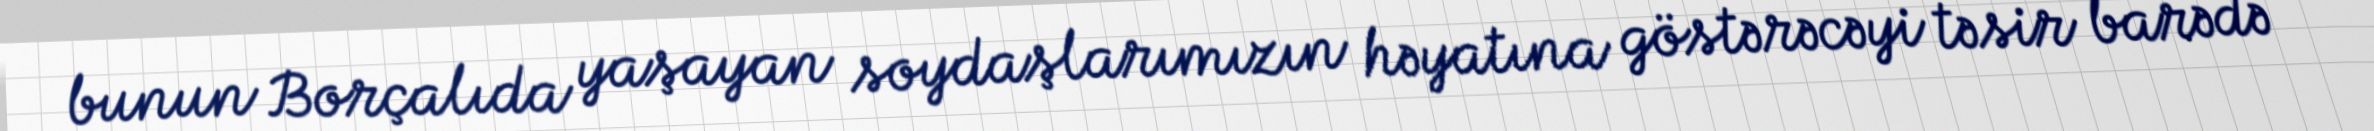
bunun Borçalıda yaşayan soydaşlarımızın həyatına göstərəcəyi təsir barədə